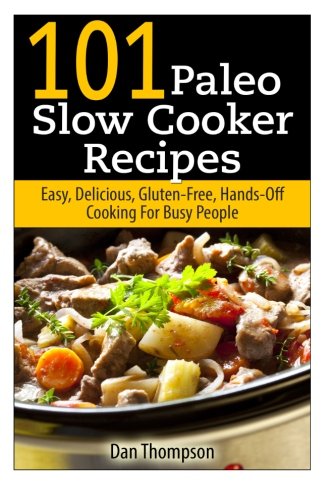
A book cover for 101 Paleo Slow Cooker Recipes : Easy, Delicious, Gluten-free Hands-Off Cooking For Busy People; Dan Thompson; Cookbooks, Food & Wine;